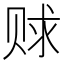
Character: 赇